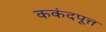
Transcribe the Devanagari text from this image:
ककंदपूत्त